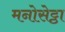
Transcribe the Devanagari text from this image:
मनोसेट्ठा